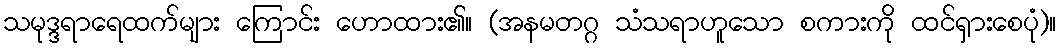
သမုဒ္ဒရာရေထက်များ ကြောင်း ဟောထား၏။ (အနမတဂ္ဂ သံသရာဟူသော စကားကို ထင်ရှားစေပုံ)။